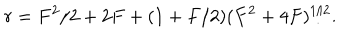
r = F ^ { 2 } / 2 + 2 F + ( 1 + F / 2 ) ( F ^ { 2 } + 4 F ) ^ { 1 / 2 } .